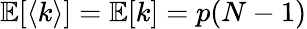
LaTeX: \mathbb{E}[\langle k\rangle]=\mathbb{E}[k]=p(N-1)